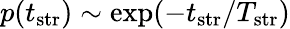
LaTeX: p(t_{\mathrm{str}})\sim\mathrm{exp}(-t_{\mathrm{str}}/T_{\mathrm{str}})